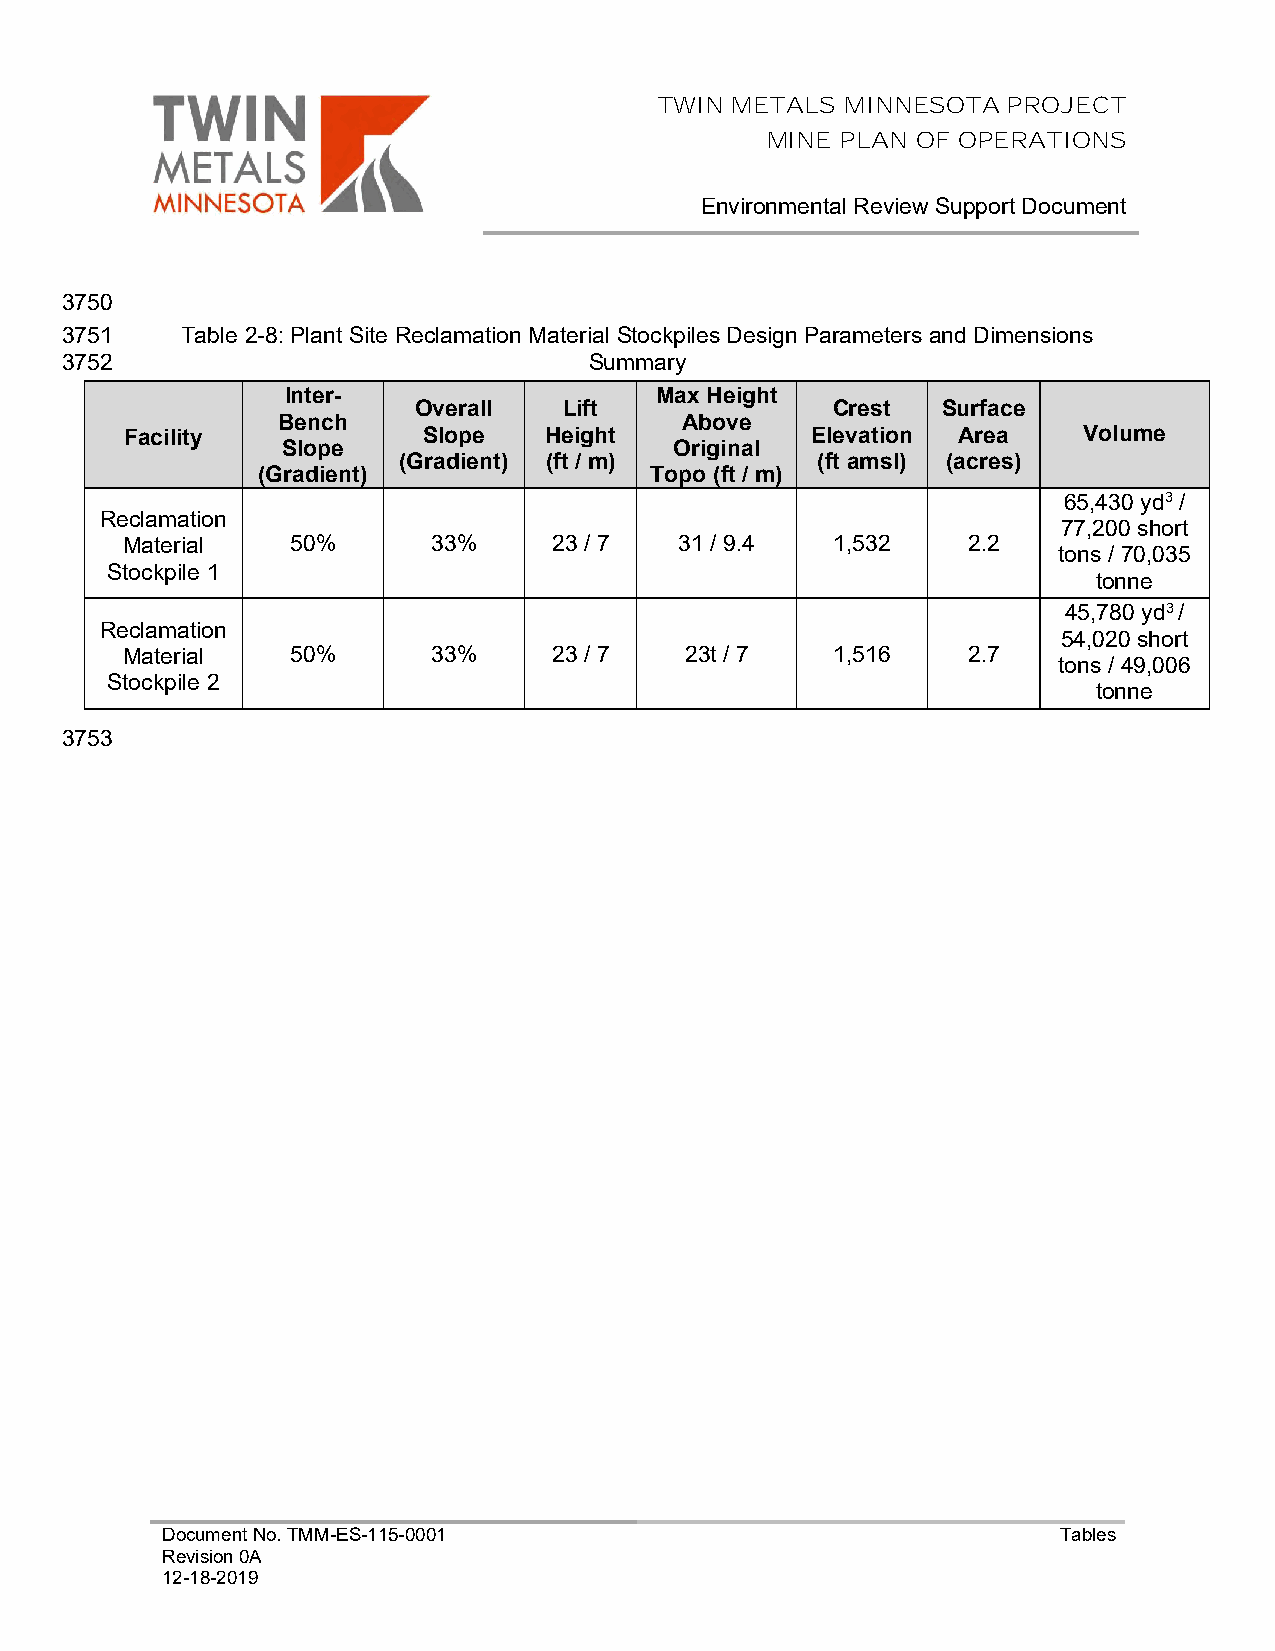
TWIN METALS MINNESOTA  PROJECT
 MINE PLAN OF OPERATIONS
 Environmental Review Support Document
 3750
 3751    Table 2-8: Plant Site Reclamation Material Stockpiles Design Parameters and Dimensions
 3752                               Summary
 Inter-                  Max Height
 Overall   Lift              Crest  Surface
 Bench                      Above
 Facility            Slope   Height            Elevation Area    Volume
 Slope                     Original
 (Gradient) (ft / m)         (ft amsl) (acres)
 (Gradient)                Topo (ft / m)
 65,430 yd3 /
 Reclamation
 77,200 short
 Material   50%       33%     23 / 7  31 / 9.4  1,532    2.2
 tons / 70,035
 Stockpile 1
 tonne
 45,780 yd3 /
 Reclamation
 54,020 short
 Material   50%       33%     23 / 7  23t / 7   1,516    2.7
 tons / 49,006
 Stockpile 2
 tonne
 3753
 Document No. TMM-ES-115-0001                               Tables
 Revision 0A
 12-18-2019